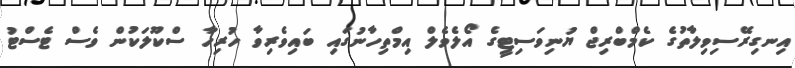
އިނގިރޭސިވިލާތުގެ ކެމްބްރިޖް ޔުނިވަސިޓީގެ އޯލެވެލް އިމްތިހާނުގައި ބައިވެރިވާ ހުރިހާ ސްކޫލަކުން ވެސް ޓެސްޓު